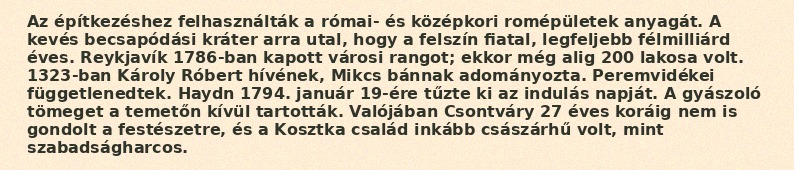
Az építkezéshez felhasználták a római- és középkori romépületek anyagát. A kevés becsapódási kráter arra utal, hogy a felszín fiatal, legfeljebb félmilliárd éves. Reykjavík 1786-ban kapott városi rangot; ekkor még alig 200 lakosa volt. 1323-ban Károly Róbert hívének, Mikcs bánnak adományozta. Peremvidékei függetlenedtek. Haydn 1794. január 19-ére tűzte ki az indulás napját. A gyászoló tömeget a temetőn kívül tartották. Valójában Csontváry 27 éves koráig nem is gondolt a festészetre, és a Kosztka család inkább császárhű volt, mint szabadságharcos.